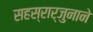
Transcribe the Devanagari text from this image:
सहस्रार्जुनाने